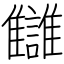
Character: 讎